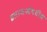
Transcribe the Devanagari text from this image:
इलाजऔषधीय